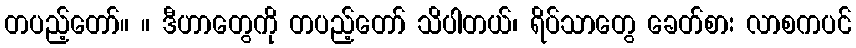
တပည့်တော်။ ။ ဒီဟာတွေကို တပည့်တော် သိပါတယ်၊ ရိပ်သာတွေ ခေတ်စား လာစကပင်